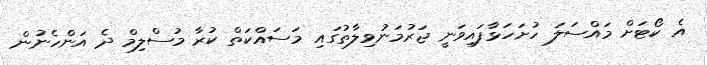
އެ ކޯޓަށް މައްސަލަ ހުށަހަޅާފައިވަނީ ޖަރުމަނުވިލާތުގައި މަސައްކަތް ކުރާ މުސްލިމް ދެ އަންހެނުން